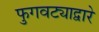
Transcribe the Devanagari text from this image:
फुगवट्याद्वारे